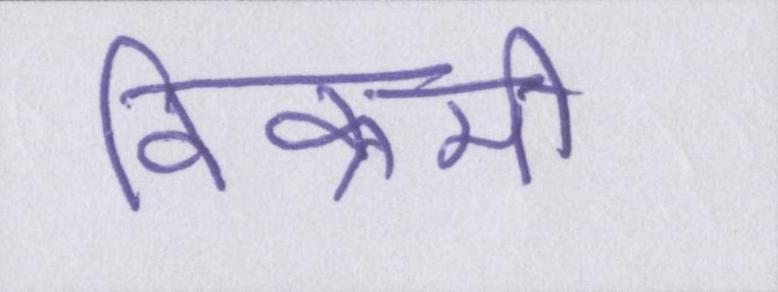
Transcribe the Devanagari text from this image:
विक्रमी